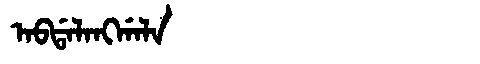
Manchu: ᠠᠪᡩᠠᠯᠠᠩᡤᠠᠯᠠ
Romanization: ABDALANGGALA